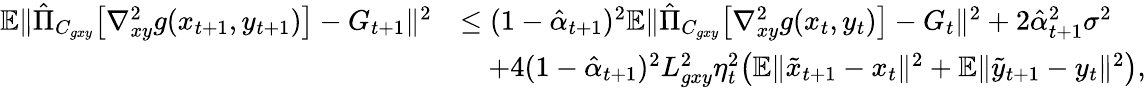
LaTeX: \begin{array}{rl}{\mathbb{E}\| \hat{\Pi}_{C_{gxy}}\big[\nabla_{xy}^{2}g(x_{t+1},y_{t+1})\big]-G_{t+1}\| ^{2}}&{\leq(1-\hat{\alpha}_{t+1})^{2}\mathbb{E}\| \hat{\Pi}_{C_{gxy}}\big[\nabla_{xy}^{2}g(x_{t},y_{t})\big]-G_{t}\| ^{2}+2\hat{\alpha}_{t+1}^{2}\sigma^{2}}\\ &{\quad+4(1-\hat{\alpha}_{t+1})^{2}L_{gxy}^{2}\eta_{t}^{2}\big(\mathbb{E}\| \tilde{x}_{t+1}-x_{t}\| ^{2}+\mathbb{E}\| \tilde{y}_{t+1}-y_{t}\| ^{2}\big),}\end{array}